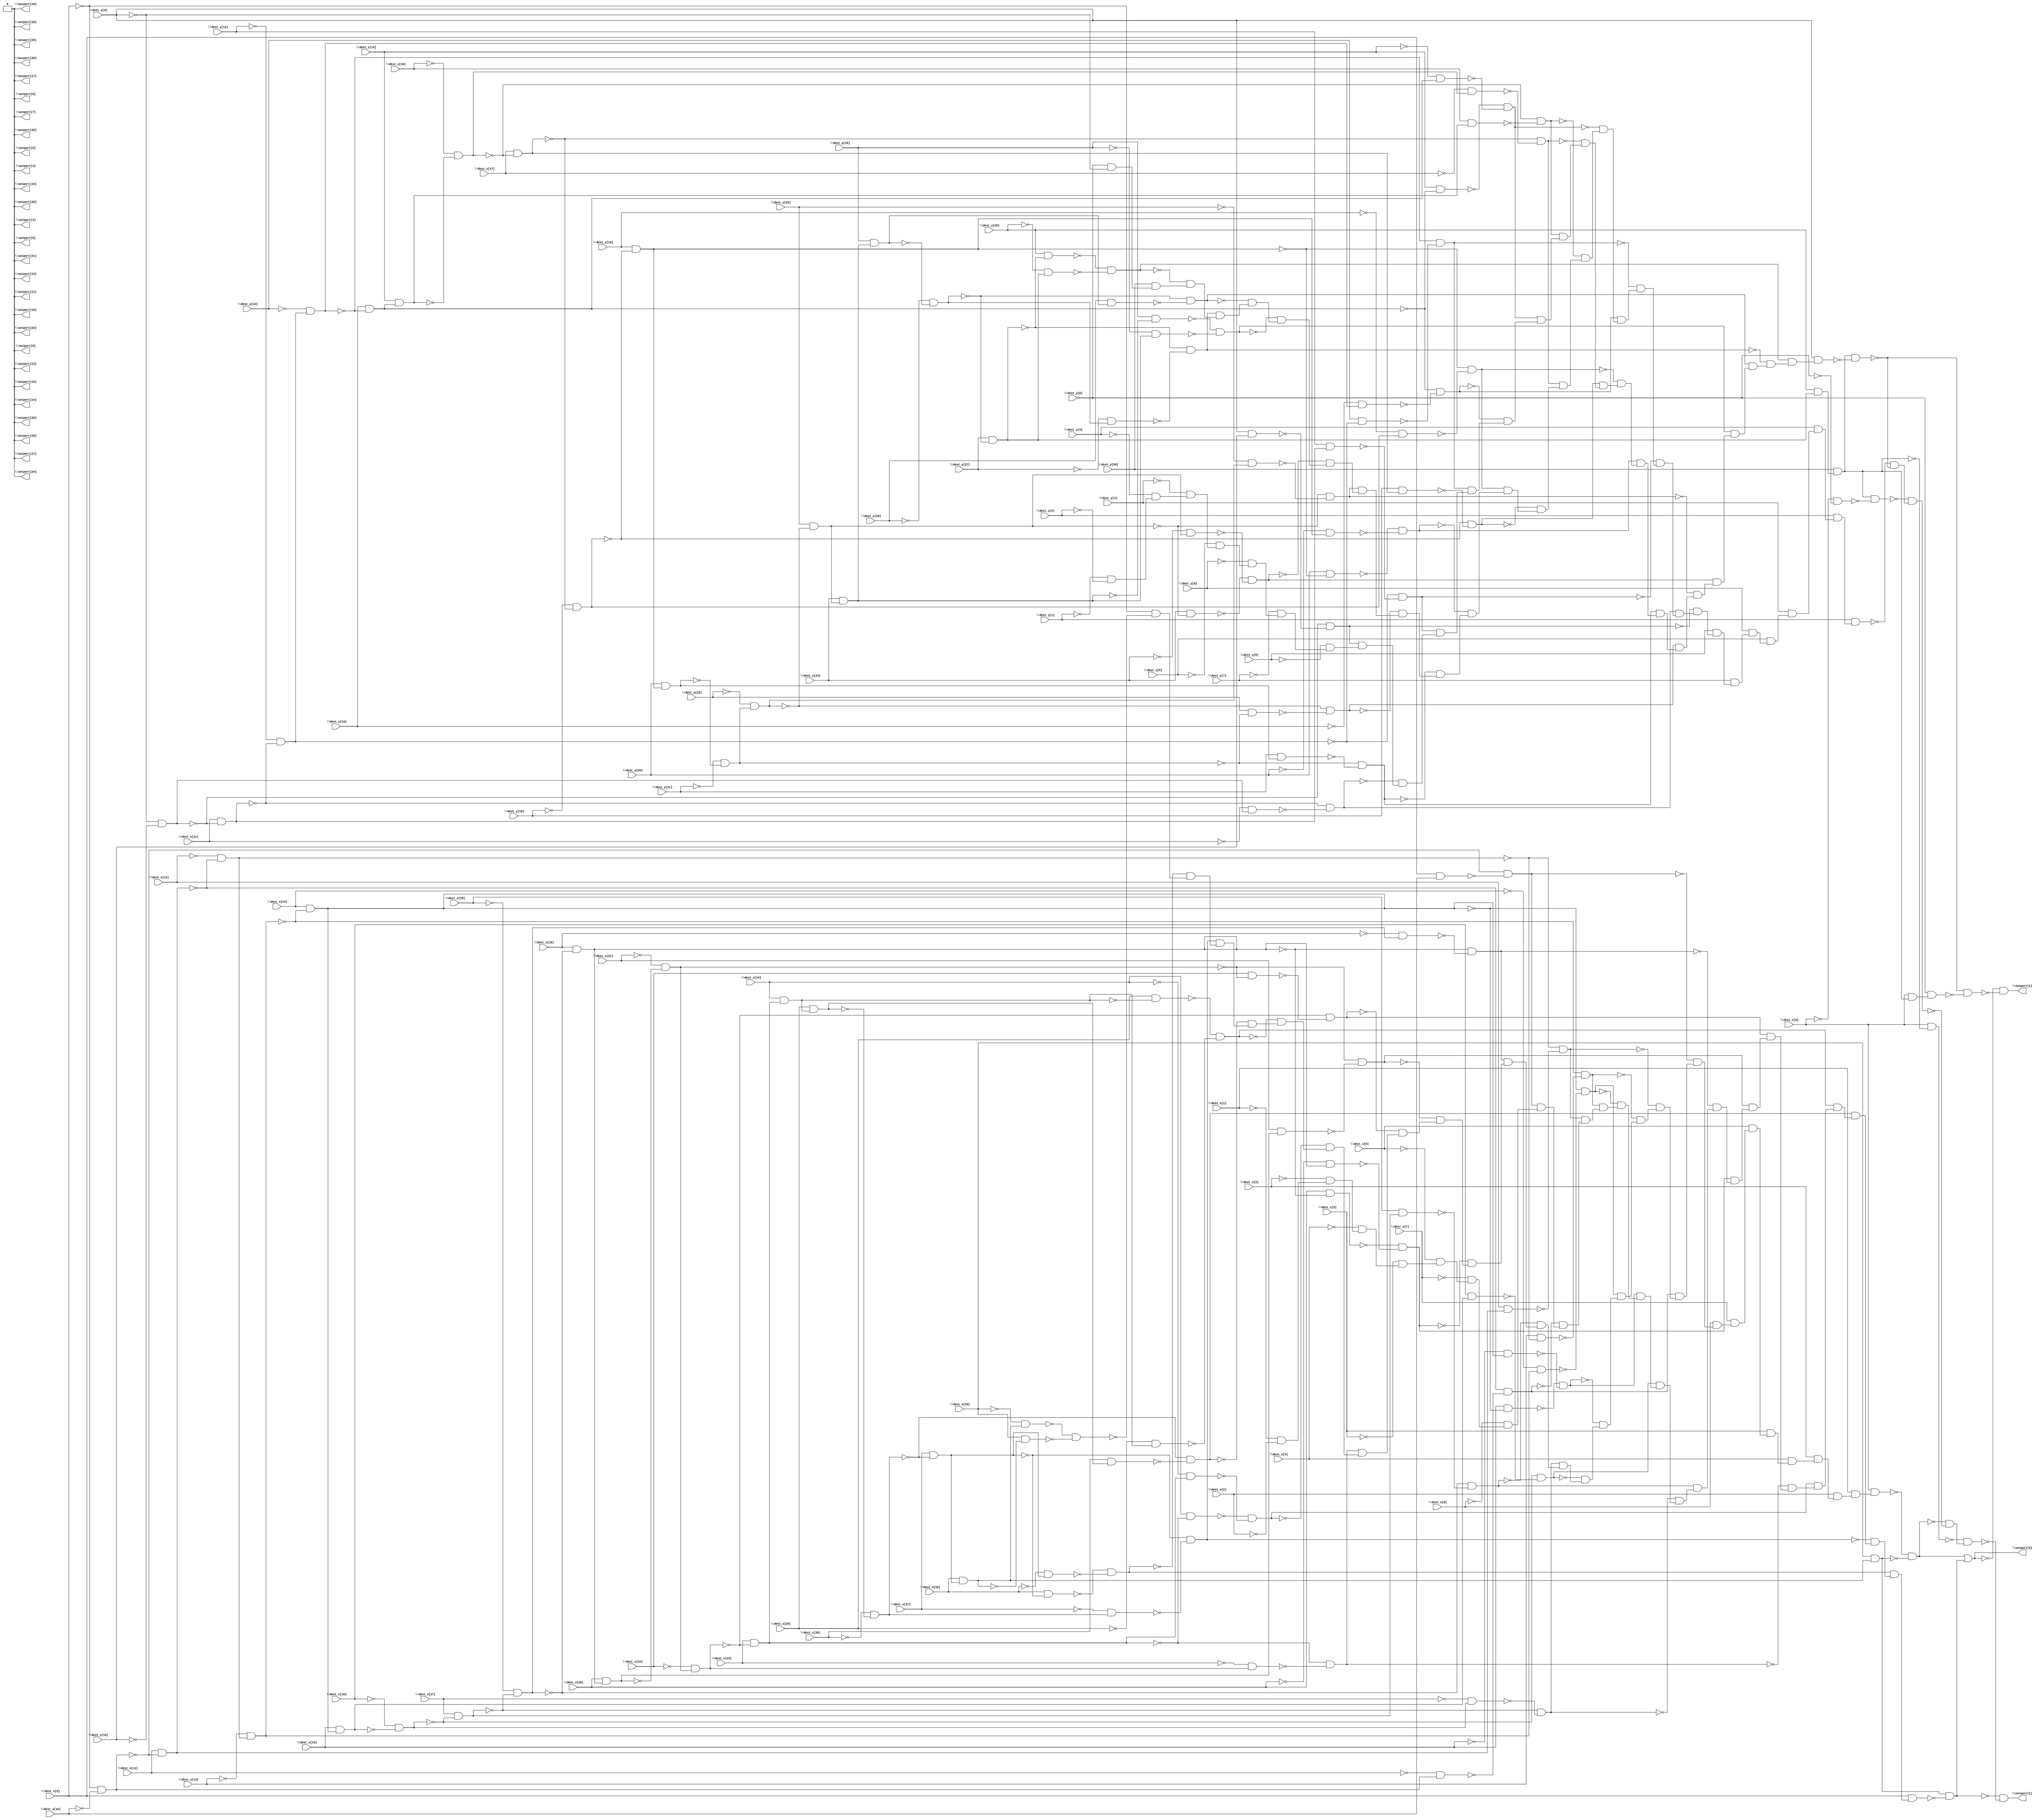
// Benchmark "top" written by ABC on Thu Oct  8 22:52:01 2020

module top ( 
    \dest_x[0] , \dest_x[1] , \dest_x[2] , \dest_x[3] , \dest_x[4] ,
    \dest_x[5] , \dest_x[6] , \dest_x[7] , \dest_x[8] , \dest_x[9] ,
    \dest_x[10] , \dest_x[11] , \dest_x[12] , \dest_x[13] , \dest_x[14] ,
    \dest_x[15] , \dest_x[16] , \dest_x[17] , \dest_x[18] , \dest_x[19] ,
    \dest_x[20] , \dest_x[21] , \dest_x[22] , \dest_x[23] , \dest_x[24] ,
    \dest_x[25] , \dest_x[26] , \dest_x[27] , \dest_x[28] , \dest_x[29] ,
    \dest_y[0] , \dest_y[1] , \dest_y[2] , \dest_y[3] , \dest_y[4] ,
    \dest_y[5] , \dest_y[6] , \dest_y[7] , \dest_y[8] , \dest_y[9] ,
    \dest_y[10] , \dest_y[11] , \dest_y[12] , \dest_y[13] , \dest_y[14] ,
    \dest_y[15] , \dest_y[16] , \dest_y[17] , \dest_y[18] , \dest_y[19] ,
    \dest_y[20] , \dest_y[21] , \dest_y[22] , \dest_y[23] , \dest_y[24] ,
    \dest_y[25] , \dest_y[26] , \dest_y[27] , \dest_y[28] , \dest_y[29] ,
    \outport[0] , \outport[1] , \outport[2] , \outport[3] , \outport[4] ,
    \outport[5] , \outport[6] , \outport[7] , \outport[8] , \outport[9] ,
    \outport[10] , \outport[11] , \outport[12] , \outport[13] ,
    \outport[14] , \outport[15] , \outport[16] , \outport[17] ,
    \outport[18] , \outport[19] , \outport[20] , \outport[21] ,
    \outport[22] , \outport[23] , \outport[24] , \outport[25] ,
    \outport[26] , \outport[27] , \outport[28] , \outport[29]   );
  input  \dest_x[0] , \dest_x[1] , \dest_x[2] , \dest_x[3] , \dest_x[4] ,
    \dest_x[5] , \dest_x[6] , \dest_x[7] , \dest_x[8] , \dest_x[9] ,
    \dest_x[10] , \dest_x[11] , \dest_x[12] , \dest_x[13] , \dest_x[14] ,
    \dest_x[15] , \dest_x[16] , \dest_x[17] , \dest_x[18] , \dest_x[19] ,
    \dest_x[20] , \dest_x[21] , \dest_x[22] , \dest_x[23] , \dest_x[24] ,
    \dest_x[25] , \dest_x[26] , \dest_x[27] , \dest_x[28] , \dest_x[29] ,
    \dest_y[0] , \dest_y[1] , \dest_y[2] , \dest_y[3] , \dest_y[4] ,
    \dest_y[5] , \dest_y[6] , \dest_y[7] , \dest_y[8] , \dest_y[9] ,
    \dest_y[10] , \dest_y[11] , \dest_y[12] , \dest_y[13] , \dest_y[14] ,
    \dest_y[15] , \dest_y[16] , \dest_y[17] , \dest_y[18] , \dest_y[19] ,
    \dest_y[20] , \dest_y[21] , \dest_y[22] , \dest_y[23] , \dest_y[24] ,
    \dest_y[25] , \dest_y[26] , \dest_y[27] , \dest_y[28] , \dest_y[29] ;
  output \outport[0] , \outport[1] , \outport[2] , \outport[3] , \outport[4] ,
    \outport[5] , \outport[6] , \outport[7] , \outport[8] , \outport[9] ,
    \outport[10] , \outport[11] , \outport[12] , \outport[13] ,
    \outport[14] , \outport[15] , \outport[16] , \outport[17] ,
    \outport[18] , \outport[19] , \outport[20] , \outport[21] ,
    \outport[22] , \outport[23] , \outport[24] , \outport[25] ,
    \outport[26] , \outport[27] , \outport[28] , \outport[29] ;
  wire new_n92_, new_n93_, new_n94_, new_n95_, new_n96_, new_n97_, new_n98_,
    new_n99_, new_n100_, new_n101_, new_n102_, new_n103_, new_n104_,
    new_n105_, new_n106_, new_n107_, new_n108_, new_n109_, new_n110_,
    new_n111_, new_n112_, new_n113_, new_n114_, new_n115_, new_n116_,
    new_n117_, new_n118_, new_n119_, new_n120_, new_n121_, new_n122_,
    new_n123_, new_n124_, new_n125_, new_n126_, new_n127_, new_n128_,
    new_n129_, new_n130_, new_n131_, new_n132_, new_n133_, new_n134_,
    new_n135_, new_n136_, new_n137_, new_n138_, new_n139_, new_n140_,
    new_n141_, new_n142_, new_n143_, new_n144_, new_n145_, new_n146_,
    new_n147_, new_n148_, new_n149_, new_n150_, new_n151_, new_n152_,
    new_n153_, new_n154_, new_n155_, new_n156_, new_n157_, new_n158_,
    new_n159_, new_n160_, new_n161_, new_n162_, new_n163_, new_n164_,
    new_n165_, new_n166_, new_n167_, new_n168_, new_n169_, new_n170_,
    new_n171_, new_n172_, new_n173_, new_n174_, new_n175_, new_n176_,
    new_n177_, new_n178_, new_n179_, new_n180_, new_n181_, new_n182_,
    new_n183_, new_n184_, new_n185_, new_n186_, new_n187_, new_n188_,
    new_n189_, new_n190_, new_n191_, new_n192_, new_n193_, new_n194_,
    new_n195_, new_n196_, new_n197_, new_n198_, new_n199_, new_n200_,
    new_n201_, new_n202_, new_n203_, new_n204_, new_n205_, new_n206_,
    new_n207_, new_n208_, new_n209_, new_n210_, new_n211_, new_n212_,
    new_n213_, new_n214_, new_n215_, new_n217_, new_n218_, new_n219_,
    new_n220_, new_n221_, new_n222_, new_n223_, new_n224_, new_n225_,
    new_n226_, new_n227_, new_n228_, new_n229_, new_n230_, new_n231_,
    new_n232_, new_n233_, new_n234_, new_n235_, new_n236_, new_n237_,
    new_n238_, new_n239_, new_n240_, new_n241_, new_n242_, new_n243_,
    new_n244_, new_n245_, new_n246_, new_n247_, new_n248_, new_n249_,
    new_n250_, new_n251_, new_n252_, new_n253_, new_n254_, new_n255_,
    new_n256_, new_n257_, new_n258_, new_n259_, new_n260_, new_n261_,
    new_n262_, new_n263_, new_n264_, new_n265_, new_n266_, new_n267_,
    new_n268_, new_n269_, new_n270_, new_n271_, new_n272_, new_n273_,
    new_n274_, new_n275_, new_n276_, new_n277_, new_n278_, new_n279_,
    new_n280_, new_n281_, new_n282_, new_n283_, new_n284_, new_n285_,
    new_n286_, new_n287_, new_n288_, new_n289_, new_n290_, new_n291_,
    new_n292_, new_n293_, new_n294_, new_n295_, new_n296_, new_n297_,
    new_n298_, new_n299_, new_n300_, new_n301_, new_n302_, new_n303_,
    new_n304_, new_n305_, new_n306_, new_n307_, new_n308_, new_n309_,
    new_n310_, new_n311_, new_n312_, new_n313_, new_n314_, new_n315_,
    new_n316_, new_n317_, new_n318_, new_n319_, new_n320_, new_n321_,
    new_n322_, new_n323_, new_n324_, new_n325_, new_n326_, new_n327_,
    new_n328_, new_n329_, new_n330_, new_n331_, new_n332_, new_n333_,
    new_n334_, new_n335_, new_n336_, new_n337_, new_n338_, new_n339_,
    new_n340_, new_n341_, new_n342_, new_n343_, new_n345_, new_n346_,
    new_n347_;
  assign new_n92_ = ~\dest_x[9]  & ~\dest_x[10] ;
  assign new_n93_ = \dest_x[9]  & \dest_x[10] ;
  assign new_n94_ = ~new_n92_ & ~new_n93_;
  assign new_n95_ = \dest_x[11]  & ~new_n92_;
  assign new_n96_ = ~\dest_x[11]  & new_n92_;
  assign new_n97_ = ~new_n95_ & ~new_n96_;
  assign new_n98_ = ~\dest_x[12]  & ~new_n95_;
  assign new_n99_ = \dest_x[12]  & new_n95_;
  assign new_n100_ = ~new_n98_ & ~new_n99_;
  assign new_n101_ = ~\dest_x[13]  & new_n98_;
  assign new_n102_ = \dest_x[13]  & ~new_n98_;
  assign new_n103_ = ~new_n101_ & ~new_n102_;
  assign new_n104_ = \dest_x[14]  & ~new_n101_;
  assign new_n105_ = ~\dest_x[14]  & new_n101_;
  assign new_n106_ = ~new_n104_ & ~new_n105_;
  assign new_n107_ = \dest_x[15]  & ~new_n104_;
  assign new_n108_ = ~\dest_x[15]  & new_n104_;
  assign new_n109_ = ~new_n107_ & ~new_n108_;
  assign new_n110_ = \dest_x[15]  & new_n104_;
  assign new_n111_ = ~\dest_x[16]  & ~new_n110_;
  assign new_n112_ = \dest_x[16]  & new_n110_;
  assign new_n113_ = ~new_n111_ & ~new_n112_;
  assign new_n114_ = \dest_x[17]  & ~new_n111_;
  assign new_n115_ = ~\dest_x[17]  & new_n111_;
  assign new_n116_ = ~new_n114_ & ~new_n115_;
  assign new_n117_ = ~\dest_x[18]  & ~new_n114_;
  assign new_n118_ = \dest_x[18]  & new_n114_;
  assign new_n119_ = ~new_n117_ & ~new_n118_;
  assign new_n120_ = \dest_x[19]  & ~new_n117_;
  assign new_n121_ = ~\dest_x[19]  & new_n117_;
  assign new_n122_ = ~new_n120_ & ~new_n121_;
  assign new_n123_ = \dest_x[20]  & ~new_n120_;
  assign new_n124_ = ~\dest_x[20]  & new_n120_;
  assign new_n125_ = ~new_n123_ & ~new_n124_;
  assign new_n126_ = \dest_x[20]  & new_n120_;
  assign new_n127_ = ~\dest_x[21]  & ~new_n126_;
  assign new_n128_ = \dest_x[21]  & new_n126_;
  assign new_n129_ = ~new_n127_ & ~new_n128_;
  assign new_n130_ = ~\dest_x[22]  & new_n127_;
  assign new_n131_ = \dest_x[22]  & ~new_n127_;
  assign new_n132_ = ~new_n130_ & ~new_n131_;
  assign new_n133_ = \dest_x[23]  & ~new_n130_;
  assign new_n134_ = ~\dest_x[23]  & new_n130_;
  assign new_n135_ = ~new_n133_ & ~new_n134_;
  assign new_n136_ = \dest_x[24]  & ~new_n133_;
  assign new_n137_ = ~\dest_x[24]  & new_n133_;
  assign new_n138_ = ~new_n136_ & ~new_n137_;
  assign new_n139_ = \dest_x[24]  & new_n133_;
  assign new_n140_ = \dest_x[25]  & ~new_n139_;
  assign new_n141_ = ~\dest_x[25]  & new_n139_;
  assign new_n142_ = ~new_n140_ & ~new_n141_;
  assign new_n143_ = \dest_x[25]  & new_n139_;
  assign new_n144_ = ~\dest_x[26]  & ~new_n143_;
  assign new_n145_ = \dest_x[26]  & new_n143_;
  assign new_n146_ = ~new_n144_ & ~new_n145_;
  assign new_n147_ = \dest_x[27]  & ~new_n144_;
  assign new_n148_ = ~\dest_x[27]  & new_n144_;
  assign new_n149_ = ~new_n147_ & ~new_n148_;
  assign new_n150_ = \dest_x[28]  & ~new_n147_;
  assign new_n151_ = ~\dest_x[28]  & new_n147_;
  assign new_n152_ = ~new_n150_ & ~new_n151_;
  assign new_n153_ = \dest_x[28]  & new_n147_;
  assign new_n154_ = ~\dest_x[29]  & new_n153_;
  assign new_n155_ = \dest_x[29]  & ~new_n153_;
  assign new_n156_ = ~new_n154_ & ~new_n155_;
  assign new_n157_ = ~\dest_x[9]  & ~new_n156_;
  assign new_n158_ = ~new_n152_ & new_n157_;
  assign new_n159_ = new_n149_ & new_n158_;
  assign new_n160_ = ~new_n146_ & new_n159_;
  assign new_n161_ = ~new_n142_ & new_n160_;
  assign new_n162_ = ~new_n138_ & new_n161_;
  assign new_n163_ = new_n135_ & new_n162_;
  assign new_n164_ = ~new_n132_ & new_n163_;
  assign new_n165_ = ~new_n129_ & new_n164_;
  assign new_n166_ = ~new_n125_ & new_n165_;
  assign new_n167_ = new_n122_ & new_n166_;
  assign new_n168_ = ~new_n119_ & new_n167_;
  assign new_n169_ = new_n116_ & new_n168_;
  assign new_n170_ = ~new_n113_ & new_n169_;
  assign new_n171_ = ~new_n109_ & new_n170_;
  assign new_n172_ = new_n106_ & new_n171_;
  assign new_n173_ = ~new_n103_ & new_n172_;
  assign new_n174_ = ~new_n100_ & new_n173_;
  assign new_n175_ = new_n97_ & new_n174_;
  assign new_n176_ = ~new_n94_ & new_n175_;
  assign new_n177_ = \dest_x[8]  & new_n176_;
  assign new_n178_ = \dest_x[7]  & new_n177_;
  assign new_n179_ = \dest_x[6]  & new_n178_;
  assign new_n180_ = \dest_x[5]  & new_n179_;
  assign new_n181_ = \dest_x[4]  & new_n180_;
  assign new_n182_ = \dest_x[3]  & new_n181_;
  assign new_n183_ = \dest_x[2]  & new_n182_;
  assign new_n184_ = \dest_x[1]  & new_n183_;
  assign new_n185_ = \dest_x[0]  & new_n184_;
  assign new_n186_ = \dest_x[29]  & new_n153_;
  assign new_n187_ = ~new_n185_ & ~new_n186_;
  assign new_n188_ = ~\dest_x[1]  & ~\dest_x[2] ;
  assign new_n189_ = ~\dest_x[3]  & new_n188_;
  assign new_n190_ = ~\dest_x[4]  & new_n189_;
  assign new_n191_ = ~\dest_x[5]  & new_n190_;
  assign new_n192_ = ~\dest_x[6]  & new_n191_;
  assign new_n193_ = ~\dest_x[7]  & new_n192_;
  assign new_n194_ = ~\dest_x[8]  & new_n193_;
  assign new_n195_ = new_n94_ & new_n194_;
  assign new_n196_ = ~new_n97_ & new_n195_;
  assign new_n197_ = new_n100_ & new_n196_;
  assign new_n198_ = new_n103_ & new_n197_;
  assign new_n199_ = ~new_n106_ & new_n198_;
  assign new_n200_ = new_n109_ & new_n199_;
  assign new_n201_ = new_n113_ & new_n200_;
  assign new_n202_ = ~new_n116_ & new_n201_;
  assign new_n203_ = new_n119_ & new_n202_;
  assign new_n204_ = ~new_n122_ & new_n203_;
  assign new_n205_ = new_n125_ & new_n204_;
  assign new_n206_ = new_n129_ & new_n205_;
  assign new_n207_ = new_n132_ & new_n206_;
  assign new_n208_ = ~new_n135_ & new_n207_;
  assign new_n209_ = new_n138_ & new_n208_;
  assign new_n210_ = new_n142_ & new_n209_;
  assign new_n211_ = new_n146_ & new_n210_;
  assign new_n212_ = ~new_n149_ & new_n211_;
  assign new_n213_ = new_n152_ & new_n212_;
  assign new_n214_ = \dest_x[9]  & new_n213_;
  assign new_n215_ = new_n186_ & ~new_n214_;
  assign \outport[0]  = new_n187_ | new_n215_;
  assign new_n217_ = ~\dest_y[9]  & ~\dest_y[10] ;
  assign new_n218_ = \dest_y[11]  & ~new_n217_;
  assign new_n219_ = ~\dest_y[12]  & ~new_n218_;
  assign new_n220_ = ~\dest_y[13]  & new_n219_;
  assign new_n221_ = \dest_y[14]  & ~new_n220_;
  assign new_n222_ = \dest_y[15]  & new_n221_;
  assign new_n223_ = ~\dest_y[16]  & ~new_n222_;
  assign new_n224_ = \dest_y[17]  & ~new_n223_;
  assign new_n225_ = ~\dest_y[18]  & ~new_n224_;
  assign new_n226_ = \dest_y[19]  & ~new_n225_;
  assign new_n227_ = \dest_y[20]  & new_n226_;
  assign new_n228_ = ~\dest_y[21]  & ~new_n227_;
  assign new_n229_ = ~\dest_y[22]  & new_n228_;
  assign new_n230_ = \dest_y[23]  & ~new_n229_;
  assign new_n231_ = \dest_y[24]  & new_n230_;
  assign new_n232_ = \dest_y[25]  & new_n231_;
  assign new_n233_ = ~\dest_y[26]  & ~new_n232_;
  assign new_n234_ = \dest_y[27]  & ~new_n233_;
  assign new_n235_ = \dest_y[28]  & new_n234_;
  assign new_n236_ = \dest_y[29]  & new_n235_;
  assign new_n237_ = \dest_x[0]  & ~new_n236_;
  assign new_n238_ = ~\dest_x[0]  & ~\dest_y[0] ;
  assign new_n239_ = new_n236_ & ~new_n238_;
  assign new_n240_ = \dest_y[9]  & \dest_y[10] ;
  assign new_n241_ = ~new_n217_ & ~new_n240_;
  assign new_n242_ = ~\dest_y[11]  & new_n217_;
  assign new_n243_ = ~new_n218_ & ~new_n242_;
  assign new_n244_ = \dest_y[12]  & new_n218_;
  assign new_n245_ = ~new_n219_ & ~new_n244_;
  assign new_n246_ = \dest_y[13]  & ~new_n219_;
  assign new_n247_ = ~new_n220_ & ~new_n246_;
  assign new_n248_ = ~\dest_y[14]  & new_n220_;
  assign new_n249_ = ~new_n221_ & ~new_n248_;
  assign new_n250_ = \dest_y[15]  & ~new_n221_;
  assign new_n251_ = ~\dest_y[15]  & new_n221_;
  assign new_n252_ = ~new_n250_ & ~new_n251_;
  assign new_n253_ = \dest_y[16]  & new_n222_;
  assign new_n254_ = ~new_n223_ & ~new_n253_;
  assign new_n255_ = ~\dest_y[17]  & new_n223_;
  assign new_n256_ = ~new_n224_ & ~new_n255_;
  assign new_n257_ = \dest_y[18]  & new_n224_;
  assign new_n258_ = ~new_n225_ & ~new_n257_;
  assign new_n259_ = ~\dest_y[19]  & new_n225_;
  assign new_n260_ = ~new_n226_ & ~new_n259_;
  assign new_n261_ = \dest_y[20]  & ~new_n226_;
  assign new_n262_ = ~\dest_y[20]  & new_n226_;
  assign new_n263_ = ~new_n261_ & ~new_n262_;
  assign new_n264_ = \dest_y[21]  & new_n227_;
  assign new_n265_ = ~new_n228_ & ~new_n264_;
  assign new_n266_ = \dest_y[22]  & ~new_n228_;
  assign new_n267_ = ~new_n229_ & ~new_n266_;
  assign new_n268_ = ~\dest_y[23]  & new_n229_;
  assign new_n269_ = ~new_n230_ & ~new_n268_;
  assign new_n270_ = \dest_y[24]  & ~new_n230_;
  assign new_n271_ = ~\dest_y[24]  & new_n230_;
  assign new_n272_ = ~new_n270_ & ~new_n271_;
  assign new_n273_ = \dest_y[25]  & ~new_n231_;
  assign new_n274_ = ~\dest_y[25]  & new_n231_;
  assign new_n275_ = ~new_n273_ & ~new_n274_;
  assign new_n276_ = \dest_y[26]  & new_n232_;
  assign new_n277_ = ~new_n233_ & ~new_n276_;
  assign new_n278_ = ~\dest_y[27]  & new_n233_;
  assign new_n279_ = ~new_n234_ & ~new_n278_;
  assign new_n280_ = \dest_y[28]  & ~new_n234_;
  assign new_n281_ = ~\dest_y[28]  & new_n234_;
  assign new_n282_ = ~new_n280_ & ~new_n281_;
  assign new_n283_ = \dest_y[0]  & ~\dest_y[9] ;
  assign new_n284_ = \dest_y[29]  & new_n283_;
  assign new_n285_ = ~new_n282_ & new_n284_;
  assign new_n286_ = new_n279_ & new_n285_;
  assign new_n287_ = ~new_n277_ & new_n286_;
  assign new_n288_ = ~new_n275_ & new_n287_;
  assign new_n289_ = ~new_n272_ & new_n288_;
  assign new_n290_ = new_n269_ & new_n289_;
  assign new_n291_ = ~new_n267_ & new_n290_;
  assign new_n292_ = ~new_n265_ & new_n291_;
  assign new_n293_ = ~new_n263_ & new_n292_;
  assign new_n294_ = new_n260_ & new_n293_;
  assign new_n295_ = ~new_n258_ & new_n294_;
  assign new_n296_ = new_n256_ & new_n295_;
  assign new_n297_ = ~new_n254_ & new_n296_;
  assign new_n298_ = ~new_n252_ & new_n297_;
  assign new_n299_ = new_n249_ & new_n298_;
  assign new_n300_ = ~new_n247_ & new_n299_;
  assign new_n301_ = ~new_n245_ & new_n300_;
  assign new_n302_ = new_n243_ & new_n301_;
  assign new_n303_ = ~new_n241_ & new_n302_;
  assign new_n304_ = \dest_y[8]  & new_n303_;
  assign new_n305_ = \dest_y[7]  & new_n304_;
  assign new_n306_ = \dest_y[6]  & new_n305_;
  assign new_n307_ = \dest_y[5]  & new_n306_;
  assign new_n308_ = \dest_y[4]  & new_n307_;
  assign new_n309_ = \dest_y[3]  & new_n308_;
  assign new_n310_ = \dest_y[2]  & new_n309_;
  assign new_n311_ = \dest_y[1]  & new_n310_;
  assign new_n312_ = ~\dest_y[1]  & ~\dest_y[2] ;
  assign new_n313_ = ~\dest_y[3]  & new_n312_;
  assign new_n314_ = ~\dest_y[4]  & new_n313_;
  assign new_n315_ = ~\dest_y[5]  & new_n314_;
  assign new_n316_ = ~\dest_y[6]  & new_n315_;
  assign new_n317_ = ~\dest_y[7]  & new_n316_;
  assign new_n318_ = ~\dest_y[8]  & new_n317_;
  assign new_n319_ = new_n241_ & new_n318_;
  assign new_n320_ = ~new_n243_ & new_n319_;
  assign new_n321_ = new_n245_ & new_n320_;
  assign new_n322_ = new_n247_ & new_n321_;
  assign new_n323_ = ~new_n249_ & new_n322_;
  assign new_n324_ = new_n252_ & new_n323_;
  assign new_n325_ = new_n254_ & new_n324_;
  assign new_n326_ = ~new_n256_ & new_n325_;
  assign new_n327_ = new_n258_ & new_n326_;
  assign new_n328_ = ~new_n260_ & new_n327_;
  assign new_n329_ = new_n263_ & new_n328_;
  assign new_n330_ = new_n265_ & new_n329_;
  assign new_n331_ = new_n267_ & new_n330_;
  assign new_n332_ = ~new_n269_ & new_n331_;
  assign new_n333_ = new_n272_ & new_n332_;
  assign new_n334_ = new_n275_ & new_n333_;
  assign new_n335_ = new_n277_ & new_n334_;
  assign new_n336_ = ~new_n279_ & new_n335_;
  assign new_n337_ = new_n282_ & new_n336_;
  assign new_n338_ = \dest_y[9]  & new_n337_;
  assign new_n339_ = new_n236_ & ~new_n338_;
  assign new_n340_ = ~new_n311_ & ~new_n339_;
  assign new_n341_ = ~new_n239_ & new_n340_;
  assign new_n342_ = ~new_n187_ & ~new_n341_;
  assign new_n343_ = ~new_n237_ & new_n342_;
  assign \outport[1]  = ~new_n215_ & ~new_n343_;
  assign new_n345_ = \dest_x[0]  & new_n236_;
  assign new_n346_ = \dest_y[0]  & new_n345_;
  assign new_n347_ = ~new_n339_ & ~new_n346_;
  assign \outport[2]  = ~\outport[0]  & ~new_n347_;
  assign \outport[3]  = 1'b0;
  assign \outport[4]  = 1'b0;
  assign \outport[5]  = 1'b0;
  assign \outport[6]  = 1'b0;
  assign \outport[7]  = 1'b0;
  assign \outport[8]  = 1'b0;
  assign \outport[9]  = 1'b0;
  assign \outport[10]  = 1'b0;
  assign \outport[11]  = 1'b0;
  assign \outport[12]  = 1'b0;
  assign \outport[13]  = 1'b0;
  assign \outport[14]  = 1'b0;
  assign \outport[15]  = 1'b0;
  assign \outport[16]  = 1'b0;
  assign \outport[17]  = 1'b0;
  assign \outport[18]  = 1'b0;
  assign \outport[19]  = 1'b0;
  assign \outport[20]  = 1'b0;
  assign \outport[21]  = 1'b0;
  assign \outport[22]  = 1'b0;
  assign \outport[23]  = 1'b0;
  assign \outport[24]  = 1'b0;
  assign \outport[25]  = 1'b0;
  assign \outport[26]  = 1'b0;
  assign \outport[27]  = 1'b0;
  assign \outport[28]  = 1'b0;
  assign \outport[29]  = 1'b0;
endmodule